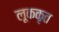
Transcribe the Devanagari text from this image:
लूककृत